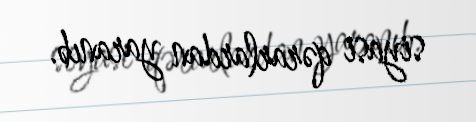
siyasi qərarlardan yaranıb.